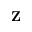
\mathbf { Z }